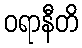
ဝရာနီတိ